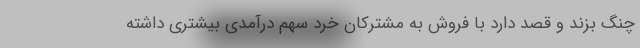
چنگ بزند و قصد دارد با فروش به مشترکان خرد سهم درآمدی بیشتری داشته